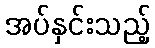
အပ်နှင်းသည့်